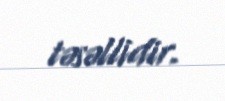
təsəllidir.